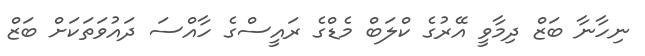
ނިހާނާ ބަޒް ދިމާވީ އޭރުގެ ކްލަބް މެޑްގެ ރައީސްގެ ހާއްސަ ދައުވަތަކަށް ބަޒް